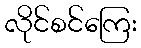
လိုင်စင်ကြေး